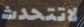
لاتتحدث